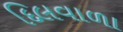
દિલવાળા